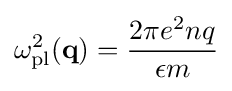
\omega _{\rm {pl}}^{2}(\mathbf {q} )={\frac {2\pi e^{2}nq}{\epsilon m}}